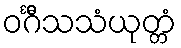
ဝင်္ဂီသသံယုတ္တံ